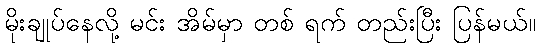
မိုးချုပ်နေလို့ မင်း အိမ်မှာ တစ် ရက် တည်းပြီး ပြန်မယ်။